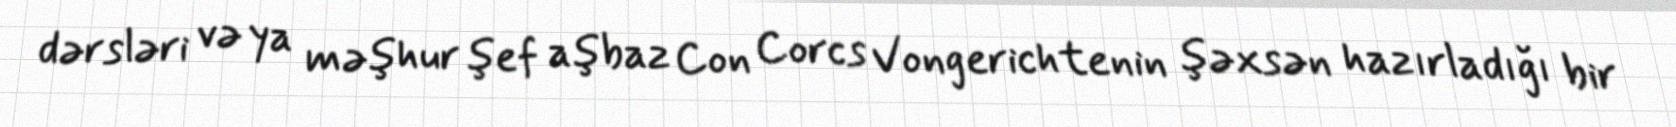
dərsləri və ya məşhur şef aşbaz Con Corcs Vongerichtenin şəxsən hazırladığı bir